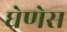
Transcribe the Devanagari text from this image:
घेणेस